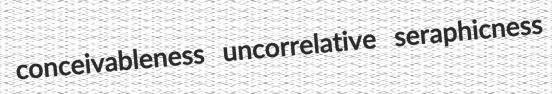
conceivableness uncorrelative seraphicness